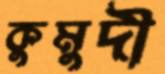
কুমুদী